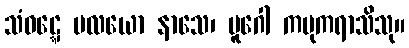
သံဝဋ္ဋေ ပလယော နာသေ၊ ပူဂေါ ကမုကရာသိသု။